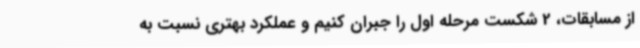
از مسابقات، 2 شکست مرحله اول را جبران کنیم و عملکرد بهتری نسبت به